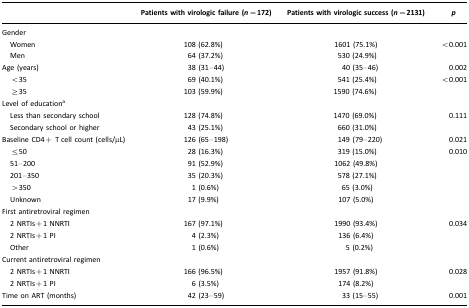
|  | Patients with virologic failure (n=172) | Patients with virologic success (n=2131) | p |
 | --- | --- | --- | --- |
 | <COLSPAN=4> Gender |
 | Women | 108 (62.8%) | 1601 (75.1%) | <0.001 |
 | Men | 64 (37.2%) | 530 (24.9%) |  |
 | Age (years) | 38 (31–44) | 40 (35–46) | 0.002 |
 | <35 | 69 (40.1%) | 541 (25.4%) | <0.001 |
 | ≥35 | 103 (59.9%) | 1590 (74.6%) |  |
 | <COLSPAN=4> Level of educationa |
 | Less than secondary school | 128 (74.8%) | 1470 (69.0%) | 0.111 |
 | Secondary school or higher | 43 (25.1%) | 660 (31.0%) |
 | Baseline CD4+ T cell count (cells/μL) | 126 (65–198) | 149 (79–220) | 0.021 |
 | ≤50 | 28 (16.3%) | 319 (15.0%) | 0.010 |
 | 51–200 | 91 (52.9%) | 1062 (49.8%) |  |
 | 201–350 | 35 (20.3%) | 578 (27.1%) |  |
 | >350 | 1 (0.6%) | 65 (3.0%) |  |
 | Unknown | 17 (9.9%) | 107 (5.0%) |  |
 | <COLSPAN=4> First antiretroviral regimen |
 | 2 NRTIs+1 NNRTI | 167 (97.1%) | 1990 (93.4%) | 0.034 |
 | 2 NRTIs+1 PI | 4 (2.3%) | 136 (6.4%) |  |
 | Other | 1 (0.6%) | 5 (0.2%) |  |
 | <COLSPAN=4> Current antiretroviral regimen |
 | 2 NRTIs+1 NNRTI | 166 (96.5%) | 1957 (91.8%) | 0.028 |
 | 2 NRTIs+1 PI | 6 (3.5%) | 174 (8.2%) |  |
 | Time on ART (months) | 42 (23–59) | 33 (15–55) | 0.001 |